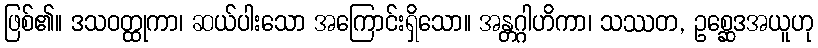
ဖြစ်၏။ ဒသဝတ္ထုကာ၊ ဆယ်ပါးသော အကြောင်းရှိသော။ အန္တဂ္ဂါဟိကာ၊ သဿတ, ဥစ္ဆေဒအယူဟု